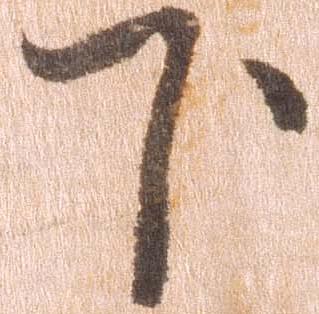
下